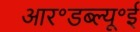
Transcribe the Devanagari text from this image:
आर॰डब्ल्यू॰ई